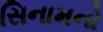
સિનામનો